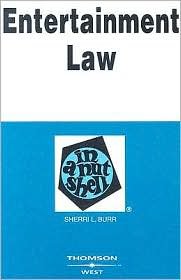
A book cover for Entertainment Law in a Nutshell 2nd (second) edition Text Only; Sheri L. Burr; Law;